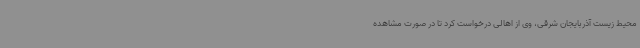
محیط زیست آذربایجان شرقی، وی از اهالی درخواست کرد تا در صورت مشاهده